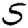
Digit: 5